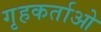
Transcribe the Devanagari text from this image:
गृहकर्ताओ